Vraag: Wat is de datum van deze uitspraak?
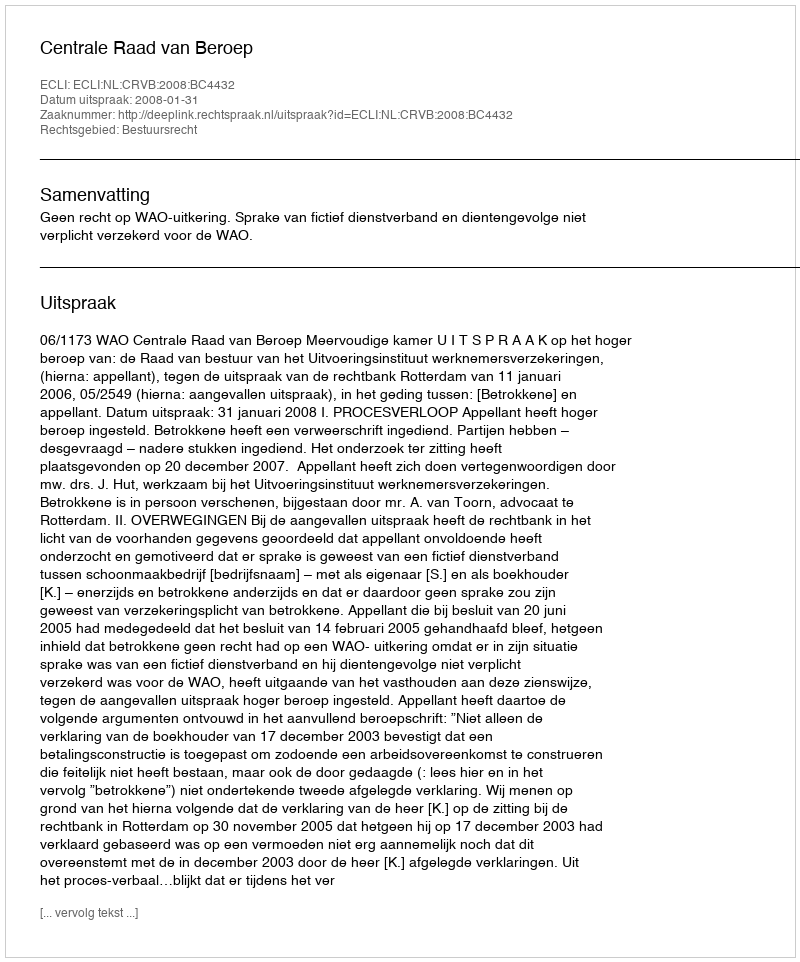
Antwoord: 2008-01-31